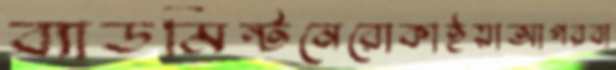
ব্যাডমিন্টনেরোকাইয়াআগরবা